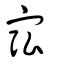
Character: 宖